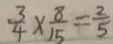
\frac { 3 } { 4 } \times \frac { 8 } { 1 5 } = \frac { 2 } { 5 }